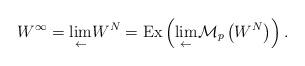
LaTeX: \begin{align*}W^{\infty}=\underset{\leftarrow}{\lim}W^N=\textnormal{Ex}\left(\underset{\leftarrow}{\lim}\mathcal{M}_p\left(W^N\right)\right).\end{align*}